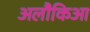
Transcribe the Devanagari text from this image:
अलौकिआ